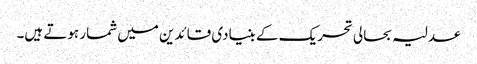
عدلیہ بحالی تحریک کے بنیادی قائدین میں شمار ہوتے ہیں۔